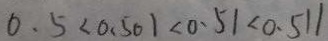
0 . 5 < 0 . 5 0 1 < 0 . 5 1 < 0 . 5 1 1